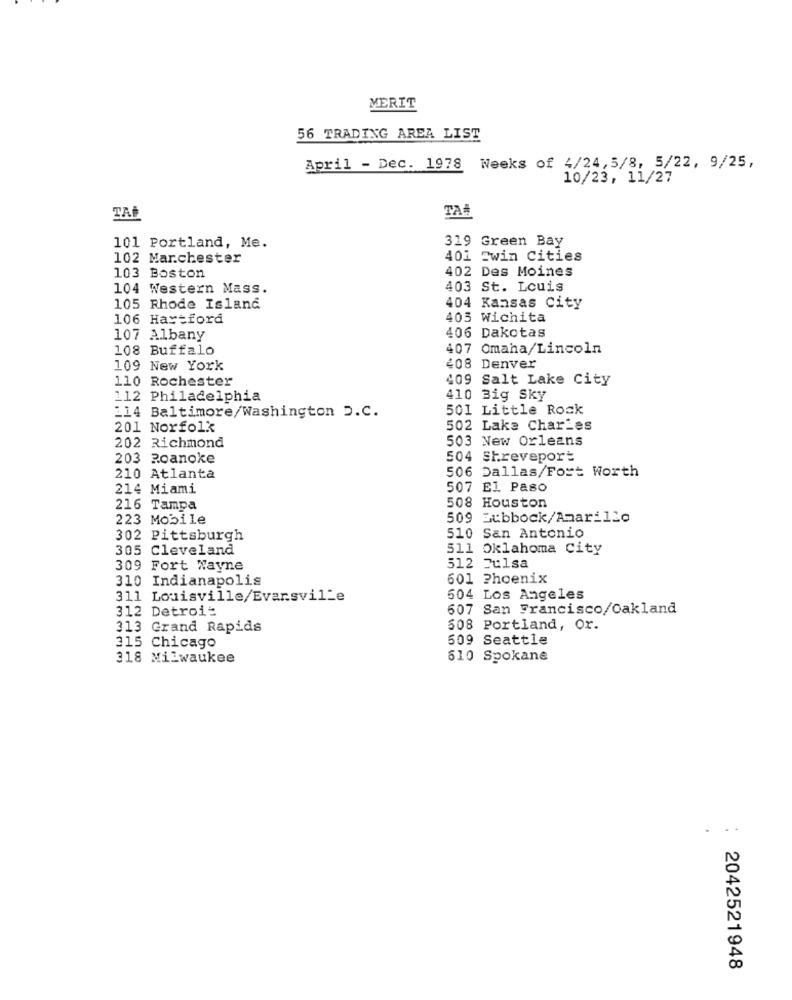
MERIT
56 TRADING AREA LIST
April - Dec. 1978
Weeks of 4/24,5/8, 5/22, 9/25,
10/23, 11/27
TA#
TAI
101 Portland, Me.
319 Green Bay
102 Marchester
401 Twin Cities
402 Des Moines
103 Boston
104 Western Mass.
403 St. Louis
105 Rhode Island
404 Kansas City
106 Hartford
403 Wichita
406 Dakotas
107 Albany
108 Buffalo
407 Omaha/Lincoln
109 New York
408 Denver
110 Rochester
409 Salt Lake City
112 Philadelphia
410 Big Sky
501 Little Rock
114 Baltimore/Washington D.C.
201 Norfolk
502 Lake Charles
503 New Orleans
202 Richmond
203 Roanoke
504 Shreveport
506 Dallas/Fort Worth
210 Atlanta
214 Miami
507 El Paso
216 Tampa
508 Houston
223 Mobile
509 Lubbock/Amari120
302 Pittsburgh
510 San Antonio
305 Cleveland
511 Oklahoma City
309 Fort Wayne
512 Tulsa
310 Indianapolis
601 Phoenix
311 Louisville/Evansville
504 Los Angeles
312 Detroit
607 San Francisco/Oakland
313 Grand Rapids
508 Portland, Or.
509 Seattle
315 Chicago
318 Milwaukee
610 Spokane
2042521948